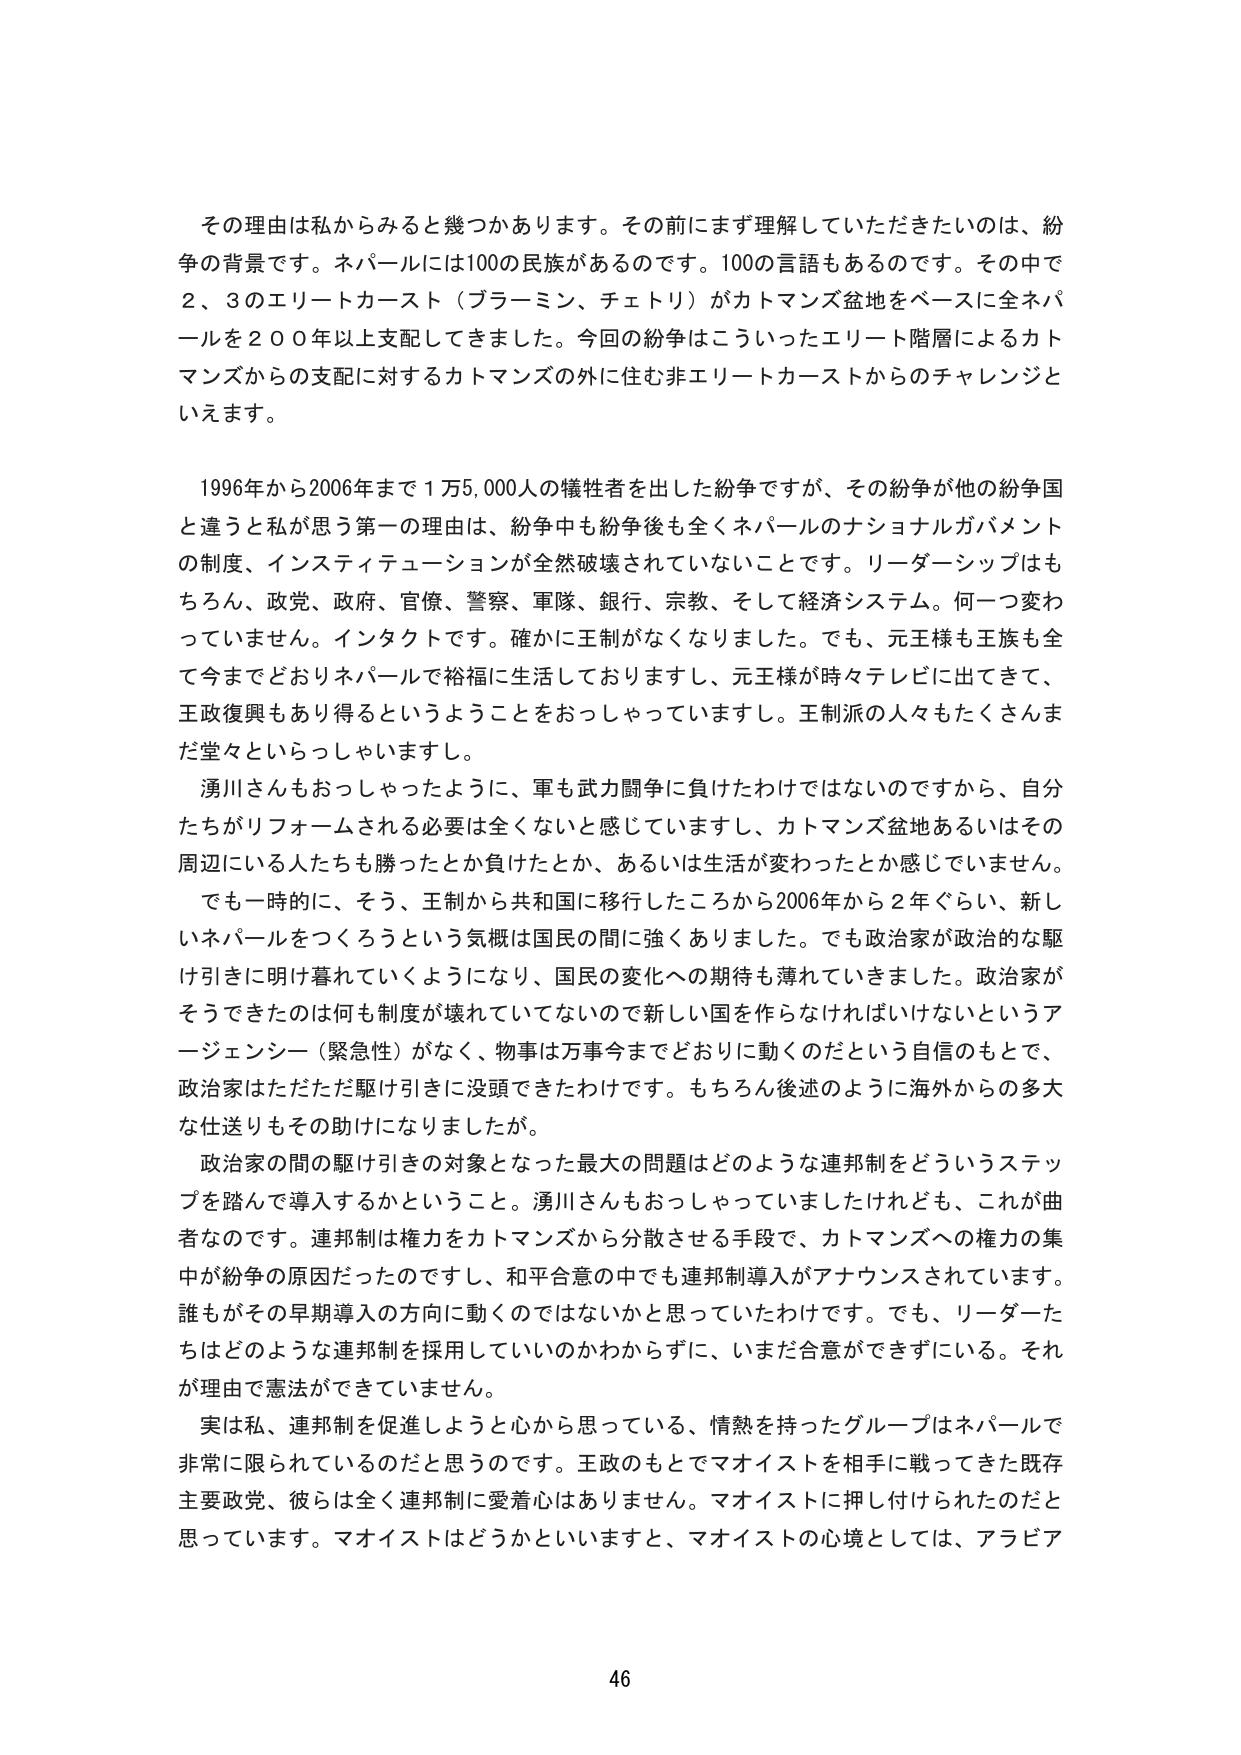
その理由は私からみると幾つかあります。その前にまず理解していただきたいのは、紛争の背景です。ネパールには100の民族があるのです。100の言語もあるのです。その中で2、3のエリートカースト（ブラーミン、チェトリ）がカトマンズ盆地をベースに全ネパールを200年以上支配してきました。今回の紛争はこういったエリート階層によるカトマンズからの支配に対するカトマンズの外に住む非エリートカーストからのチャレンジといえます。

1996年から2006年まで1万5,000人の犠牲者を出した紛争ですが、その紛争が他の紛争国と違うと私が思う第一の理由は、紛争中も紛争後も全くネパールのナショナルガバメントの制度、インスティテューションが全然破壊されていないことです。リーダーシップはもちろん、政党、政府、官僚、警察、軍隊、銀行、宗教、そして経済システム。何一つ変わっていません。インタクトです。確かに王制がなくなりました。でも、元王様も王族も全て今までどおりネパールで裕福に生活しておりますし、元王様が時々テレビに出てきて、王政復興もあり得るということをおっしゃっています。王制派の人々もたくさんまだ堂々といらっしゃいます。

湧川さんもおっしゃったように、軍も武力闘争に負けたわけではないのですから、自分たちがリフォームされる必要は全くないと感じていますし、カトマンズ盆地あるいはその周辺にいる人たちも勝ったとか負けたとか、あるいは生活が変わったとか感じていません。

でも一時的に、そう、王制から共和国に移行したころから2006年から2年ぐらい、新しいネパールをつくろうという気概は国民の間に強くありました。でも政治家が政治的な駆け引きに明け暮れていくようになり、国民の変化への期待も薄れていきました。政治家がそうできたのは何も制度が壊れていてないで新しい国を作らなければいけないというアージェンシー（緊急性）がなく、物事は万事今までどおりに動くのだという自信のもとで、政治家はただただ駆け引きに没頭できたわけです。もちろん後述のように海外からの多大な仕送りもその助けになりましたが。

政治家の間の駆け引きの対象となった最大の問題はどのような連邦制をどういうステップを踏んで導入するかということ。湧川さんもおっしゃっていましたけれども、これが曲者なのです。連邦制は権力をカトマンズから分散させる手段で、カトマンズへの権力の集中が紛争の原因だったのですし、和平合意の中でも連邦制導入がアナウンスされています。誰もがその早期導入の方向に動くのではないかと思っていたわけです。でも、リーダーたちはどのような連邦制を採用していいのかわからずに、いまだ合意ができずにいる。それが理由で憲法ができていません。

実は私、連邦制を促進しようと心から思っている、情熱を持ったグループはネパールで非常に限られているのだと思うのです。王政のもとでマオイストを相手に戦ってきた既存主要政党、彼らは全く連邦制に愛着心はありません。マオイストに押し付けられたのだと思っています。マオイストはどうかといいますと、マオイストの心境としては、アラビア

46